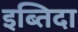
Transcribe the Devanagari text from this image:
इब्तिदा